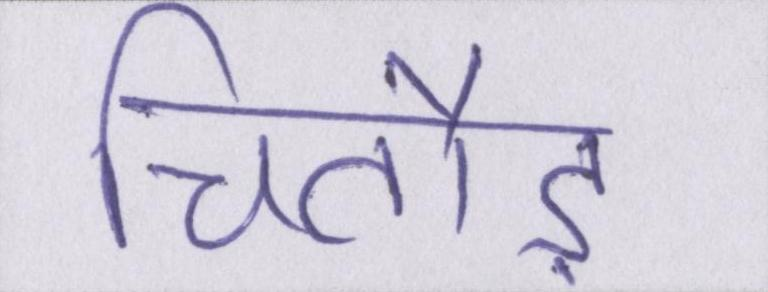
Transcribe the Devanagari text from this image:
चितौड़